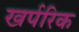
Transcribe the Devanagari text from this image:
खर्परिक